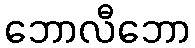
ဘောလီဘော